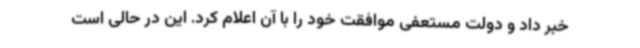
خبر داد و دولت مستعفی موافقت خود را با آن اعلام کرد. این در حالی است